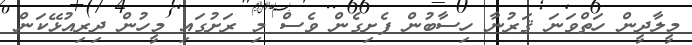
މީލާދީން ހަތްވަނަ ޤަރުނާ ހިސާބުން ފެށިގެން ވެސް މި ރަށުގައި މީހުން ދިރިއުޅޭކަން